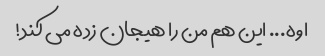
اوه... این هم من را هیجان زده می کند!